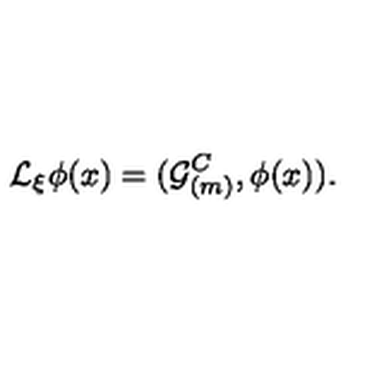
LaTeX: { \cal L } _ { \xi } \phi ( x ) = ( { \cal G } _ { ( m ) } ^ { C } , \phi ( x ) ) .